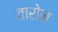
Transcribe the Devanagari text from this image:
तारोन